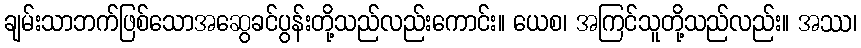
ချမ်းသာဘက်ဖြစ်သောအဆွေခင်ပွန်းတို့သည်လည်းကောင်း။ ယေစ၊ အကြင်သူတို့သည်လည်း။ အဿ၊